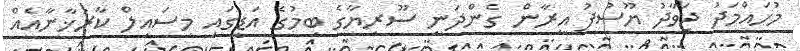
މުހައްމަދު ޖަވާދު ޔޫސުފު އީރާން ގެންދަނީ ސޫރިޔާގެ ބިމުގެ އަޑީގައި މިސައިލް ކާރުޚާނާއެއް